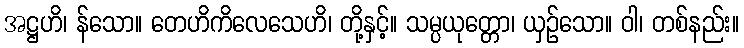
အဋ္ဌဟိ၊ န်သော။ တေဟိကိလေသေဟိ၊ တို့နှင့်။ သမ္ပယုတ္တော၊ ယှဉ်သော။ ဝါ၊ တစ်နည်း။